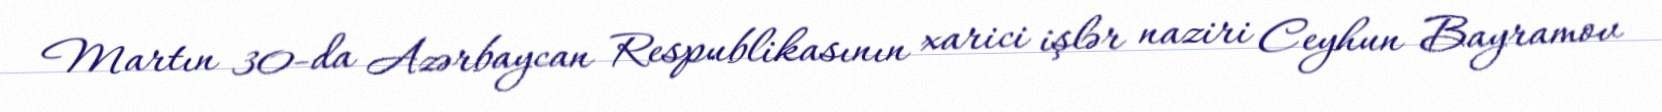
Martın 30-da Azərbaycan Respublikasının xarici işlər naziri Ceyhun Bayramov